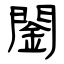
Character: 䦦